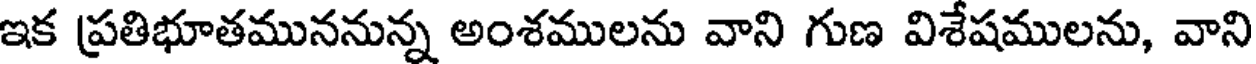
ఇక ప్రతిభూతముననున్న అంశములను వాని గుణ విశేషములను, వాని